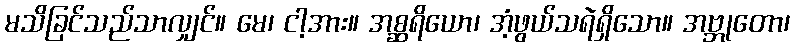
မသိခြင်သည်သာလျှင်။ မေ၊ ငါ့အား။ အစ္ဆရိယော၊ အံ့ဖွယ်သရဲရှိသော။ အဗ္ဘုတော၊